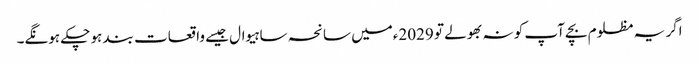
اگر یہ مظلوم بچے آپ کو نہ بھولے تو 2029ءمیں سانحہ ساہیوال جیسے واقعات بند ہو چکے ہونگے۔